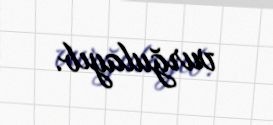
vurğulayıb.